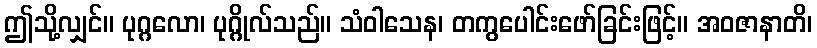
ဤသို့လျှင်။ ပုဂ္ဂလော၊ ပုဂ္ဂိုလ်သည်။ သံဝါသေန၊ တကွပေါင်းဖော်ခြင်းဖြင့်။ အဝဇာနာတိ၊